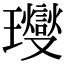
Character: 𤫉